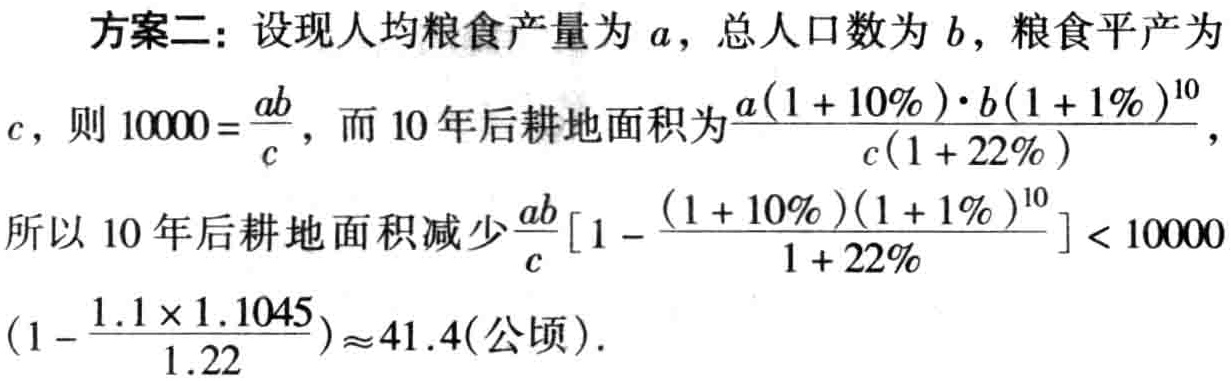
方案二：设现人均粮食产量为\(a\)，总人口数为\(b\)，粮食平产为\(c\)，则\(10000 = \frac{ab}{c}\)，而\(10\)年后耕地面积为\(\frac{a(1 + 10\%)\cdot b(1 + 1\%)^{10}}{c(1 + 22\%)}\)，所以\(10\)年后耕地面积减少\(\frac{ab}{c}\left[1 - \frac{(1 + 10\%)(1 + 1\%)^{10}}{1 + 22\%}\right] < 10000\left(1 - \frac{1.1\times1.1045}{1.22}\right)\approx41.4(\text{公顷})\)。